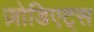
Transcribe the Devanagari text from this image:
ज़ोडिएट्स